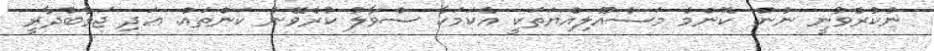
ނުކުރެވުނީ ނުން. ކޮޮންމެ މަސްއޫލިއްޔަތަކީ އެކަަމަކާ ސްވާލު ކުރެވޭނެ ކަންތައް. ޢަދި ޖަވާބުދާރީ